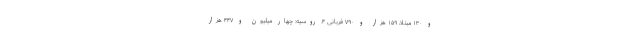
و ۱۳۰ مبتلا، ۱۵۹ هزار و ۷۹۰ قربانی ۴. روسیه: چهار میلیون و ۴۴۷ هزار